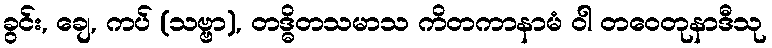
ခွင်း, ချေ, ကပ် (သဗ္ဗာ), တဒ္ဓိတသမာသ ကိတကာနာမံ ဝါ တဝေတုနာဒီသု